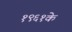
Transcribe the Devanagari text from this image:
१९६१के